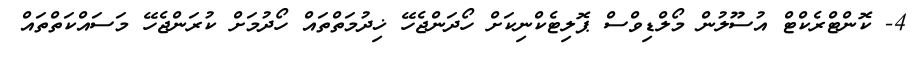
4- ކޮންޓްރެކްޓް އުސޫލުން މޯލްޑިވްސް ޕޮލިޓެކްނިކަށް ހޯދަންޖެހޭ ޚިދުމަތްތައް ހޯދުމަށް ކުރަންޖެހޭ މަސައްކަތްތައް